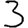
Digit: 3